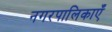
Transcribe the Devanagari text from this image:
नगरपालिकाएँ